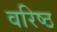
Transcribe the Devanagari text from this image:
वरिष्ठ